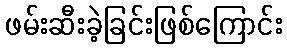
ဖမ်းဆီးခဲ့ခြင်းဖြစ်ကြောင်း